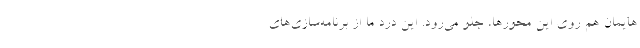
‌هایمان هم روی این محورها، جلو می‌رود. این درد ما از برنامه‌سازی‌های